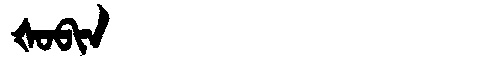
Manchu: ᡧᠣᠪᡳᠨ
Romanization: ŠOBIN